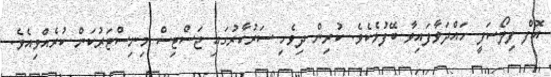
އޮފް ފިލޯސަފީ ހައްދަވާފައިވާ ބޭފުޅެކެވެ. ކުރިން ދިވެހި ސަރުކާރުގައި ޖަސްޓިސް މިނިސްޓަރުކަން ކުރެއްވިއެވެ.